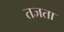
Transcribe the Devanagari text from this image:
तजता